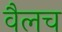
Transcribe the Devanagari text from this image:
वैलच